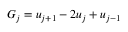
G _ { j } = u _ { j + 1 } - 2 u _ { j } + u _ { j - 1 }